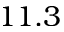
1 1 . 3